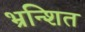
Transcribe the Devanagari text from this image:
भ्रन्शित